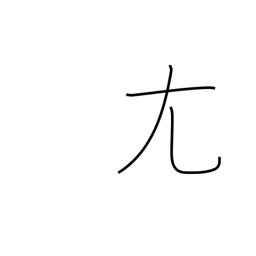
Meaning: crooked-big radical (no. 43)